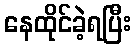
နေထိုင်ခဲ့ရပြီး